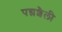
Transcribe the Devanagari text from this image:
पद्मशैली